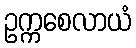
ဥက္ကစေလာယံ